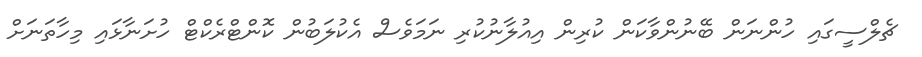
ޗެލްސީގައި ހުންނަން ބޭނުންވާކަން ކުރިން އިއުލާނުކުރި ނަމަވެސް އެކުލަބުން ކޮންޓްރެކްޓް ހުށަނާޅައި މިހާތަނަށް